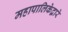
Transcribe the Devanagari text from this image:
महापालिकेद्वारे